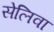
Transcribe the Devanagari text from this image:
सेलिवा